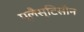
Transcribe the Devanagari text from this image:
प्लैस्टिसीन